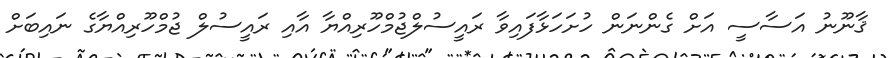
ޤާނޫނު އަސާސީ އަށް ގެންނަން ހުށަހަޅާފައިވާ ރައީސުލްޖުމްހޫރިއްޔާ އާއި ރައީސުލް ޖުމްހޫރިއްޔާގެ ނައިބަށް